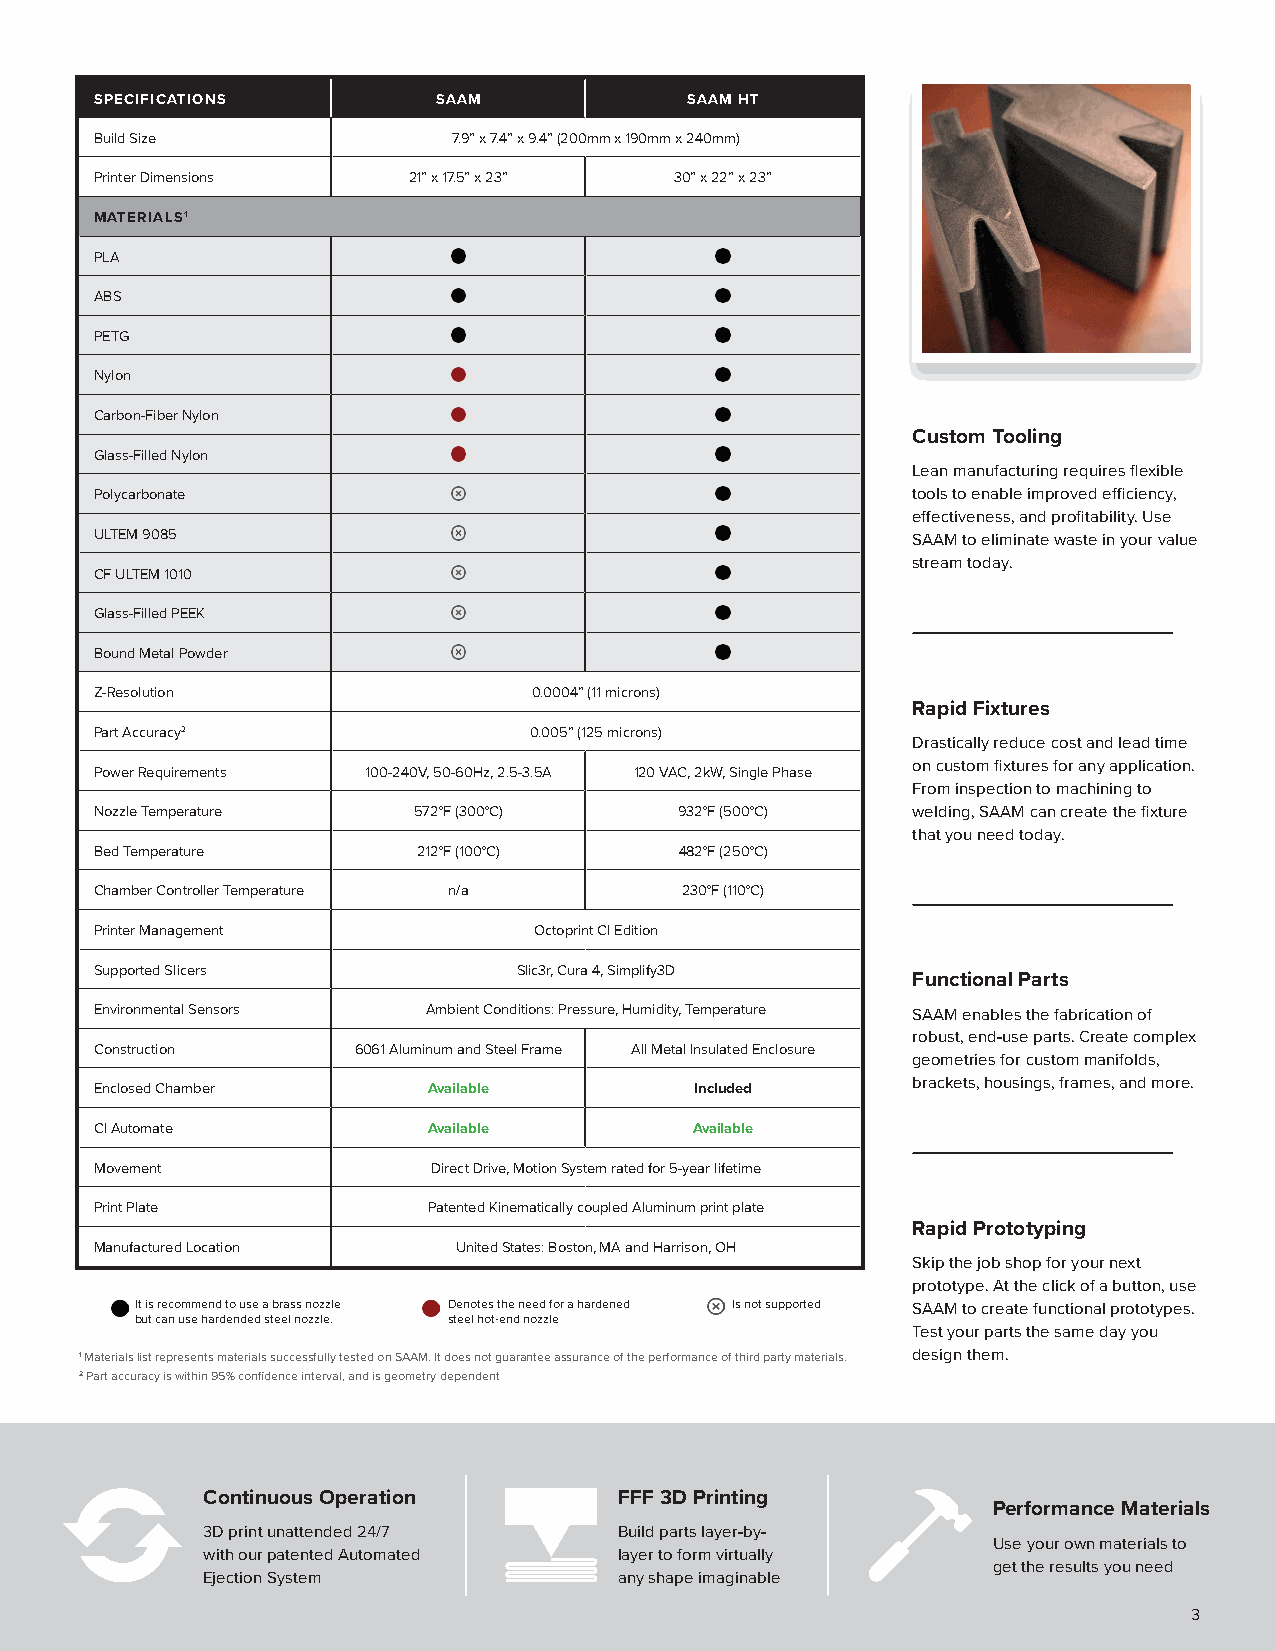
SPECIFICATIONS         SAAM            SAAM HT
 Build Size              7.9” x 7.4” x 9.4” (200mm x 190mm x 240mm)
 Printer Dimensions   21” x 17.5” x 23” 30” x 22” x 23”
 MATERIALS1
 PLA
 ABS
 PETG
 Nylon
 Carbon-Fiber Nylon
 Custom Tooling
 Glass-Filled Nylon
 Lean manufacturing requires flexible
 Polycarbonate                                         tools to enable improved efficiency,
 effectiveness, and profitability. Use
 ULTEM 9085                                            SAAM to eliminate waste in your value
 stream today.
 CF ULTEM 1010
 Glass-Filled PEEK
 Bound Metal Powder
 Z-Resolution                 0.0004” (11 microns)
 Rapid Fixtures
 Part Accuracy2               0.005” (125 microns)
 Drastically reduce cost and lead time
 on custom fixtures for any application.
 Power Requirements 100-240V, 50-60Hz, 2.5-3.5A 120 VAC, 2kW, Single Phase
 From inspection to machining to
 Nozzle Temperature   572°F (300°C)     932°F (500°C)  welding, SAAM can create the fixture
 that you need today.
 Bed Temperature       212°F (100°C)    482°F (250°C)
 Chamber Controller Temperature n/a     230°F (110°C)
 Printer Management           Octoprint CI Edition
 Supported Slicers           Slic3r, Cura 4, Simplify3D
 Functional Parts
 Environmental Sensors Ambient Conditions: Pressure, Humidity, Temperature SAAM enables the fabrication of
 robust, end-use parts. Create complex
 Construction     6061 Aluminum and Steel Frame All Metal Insulated Enclosure
 geometries for custom manifolds,
 brackets, housings, frames, and more.
 Enclosed Chamber      Available         Included
 CI Automate           Available         Available
 Movement               Direct Drive, Motion System rated for 5-year lifetime
 Print Plate           Patented Kinematically coupled Aluminum print plate
 Rapid Prototyping
 Manufactured Location   United States: Boston, MA and Harrison, OH
 Skip the job shop for your next
 prototype. At the click of a button, use
 It is recommend to use a brass nozzle Denotes the need for a hardened Is not supported SAAM to create functional prototypes.
 but can use hardended steel nozzle. steel hot-end nozzle
 Test your parts the same day you
 1 Materials list represents materials successfully tested on SAAM. It does not guarantee assurance of the performance of third party materials. design them.
 2 Part accuracy is within 95% confidence interval, and is geometry dependent
 Continuous Operation        FFF 3D Printing
 Performance Materials
 3D print unattended 24/7    Build parts layer-by-
 Use your own materials to
 with our patented Automated layer to form virtually
 get the results you need
 Ejection System             any shape imaginable
 3